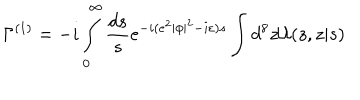
\Gamma ^ { ( 1 ) } = - i \int _ { 0 } ^ { \infty } \frac { d s } { s } e ^ { - i ( e ^ { 2 } | \phi | ^ { 2 } - i \varepsilon ) s } \int d ^ { 8 } z { \cal U } ( z , z | s )